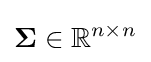
{\boldsymbol {\Sigma }}\in \mathbb {R} ^{n\times n}